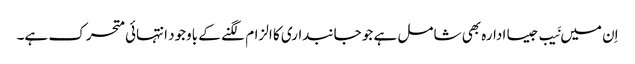
اِن میں نَیب جیسا ادارہ بھی شامل ہے جو جانبداری کا الزام لگنے کے باوجود انتہائی متحرک ہے۔